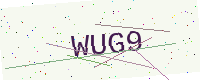
Text: WUG9